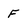
Character: F